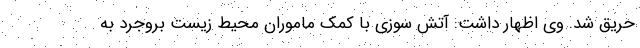
حریق شد. وی اظهار داشت: آتش سوزی با کمک ماموران محیط زیست بروجرد به